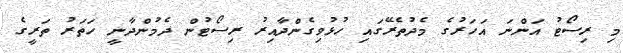
މި ރިސޯޓު އަންނަ އަހަރުގެ މެދުތެރޭގައި ހުޅުވިގެންދާއިރު ރިސޯޓުން ދެމުންދާނީ ހަތަރު ތަރީގެ